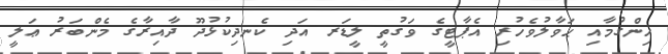
ހިންގުމާއި ޙަވާލުވެހުރި އެޕާޓީގެ ވަގުތީ ލީޑަރ އަދި ކެނދިކުޅުދޫ ދާއިރާގެ މެންބަރު ޢަލީ